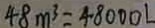
4 8 m ^ { 3 } = 4 8 0 0 0 l